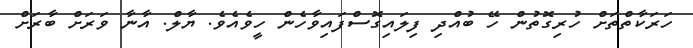
ހަރަކާތްތަށް ހުރިގޮތުން ހޭ ބުއްދި ފިލައިގޮސްފައިވާހެން ހީވެއެވެ. ޔާލް. އާނާ ވަރަށް ބާރަށް